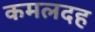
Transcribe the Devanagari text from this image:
कमलदह